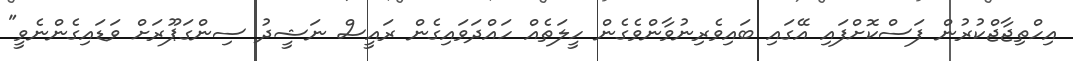
އިހްތިޖާޖްކުރުން ފަސްކޮށްފައި އޭގައި ބައިވެރިނުވާންވެގެން ހީލަތެއް ހައްދަވައިގެން ރައީސް ނަޝީދު ސިންގަޕޫރަށް ވަޑައިގެންނެވީ"